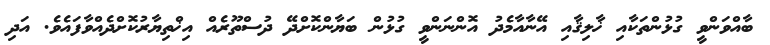
ބާއްވަންވީ ގުޅުންތަކާއި ޚާލިޤާއި އޭނާއާމެދު އޮންނަންވީ ގުޅުން ބަޔާންކޮށްދޭ ދުސްތޫރެއް އިޚްތިޔާރުކޮށްދެއްވާފައެވެ. އަދި